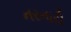
નરનારી